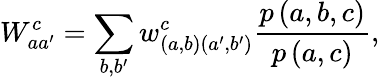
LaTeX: W_{aa^{\prime}}^{c}=\sum_{b,b^{\prime}}w_{\left(a,b\right)\left(a^{\prime},b^{\prime}\right)}^{c}\frac{p\left(a,b,c\right)}{p\left(a,c\right)},